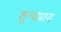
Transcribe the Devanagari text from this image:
शून्यप्राय